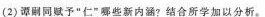
((2)谭嗣同赋予”仁”哪些新内涵?结合所学加以分析。